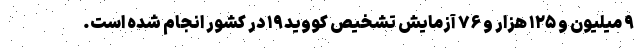
۹ میلیون و ۱۲۵ هزار و ۷۶ آزمایش تشخیص کووید۱۹ در کشور انجام شده است.